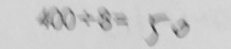
4 0 0 \div 8 = 5 0